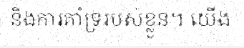
និងការគាំទ្ររបស់ខ្លួន។ យើង